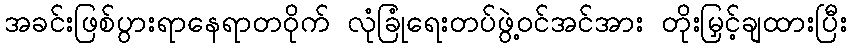
အခင်းဖြစ်ပွားရာနေရာတဝိုက် လုံခြုံရေးတပ်ဖွဲ့ဝင်အင်အား တိုးမြှင့်ချထားပြီး